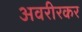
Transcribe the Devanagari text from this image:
अवरीरकर